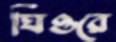
ঘিওরে